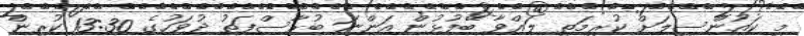
މި ކައުންސިލަށް ކުރިމަތި ލައްވާ ބޭފުޅުން އަންނަ ބުރާސްފަތު ދުވަހުގެ 13:30 ކުރިން